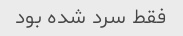
فقط سرد شده بود